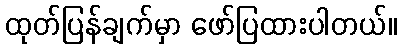
ထုတ်ပြန်ချက်မှာ ဖော်ပြထားပါတယ်။